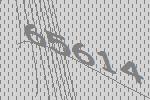
65614